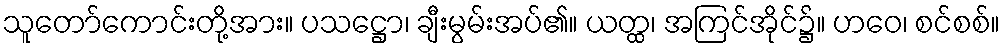
သူတော်ကောင်းတို့အား။ ပသဋ္ဌော၊ ချီးမွမ်းအပ်၏။ ယတ္ထ၊ အကြင်အိုင်၌။ ဟဝေ၊ စင်စစ်။